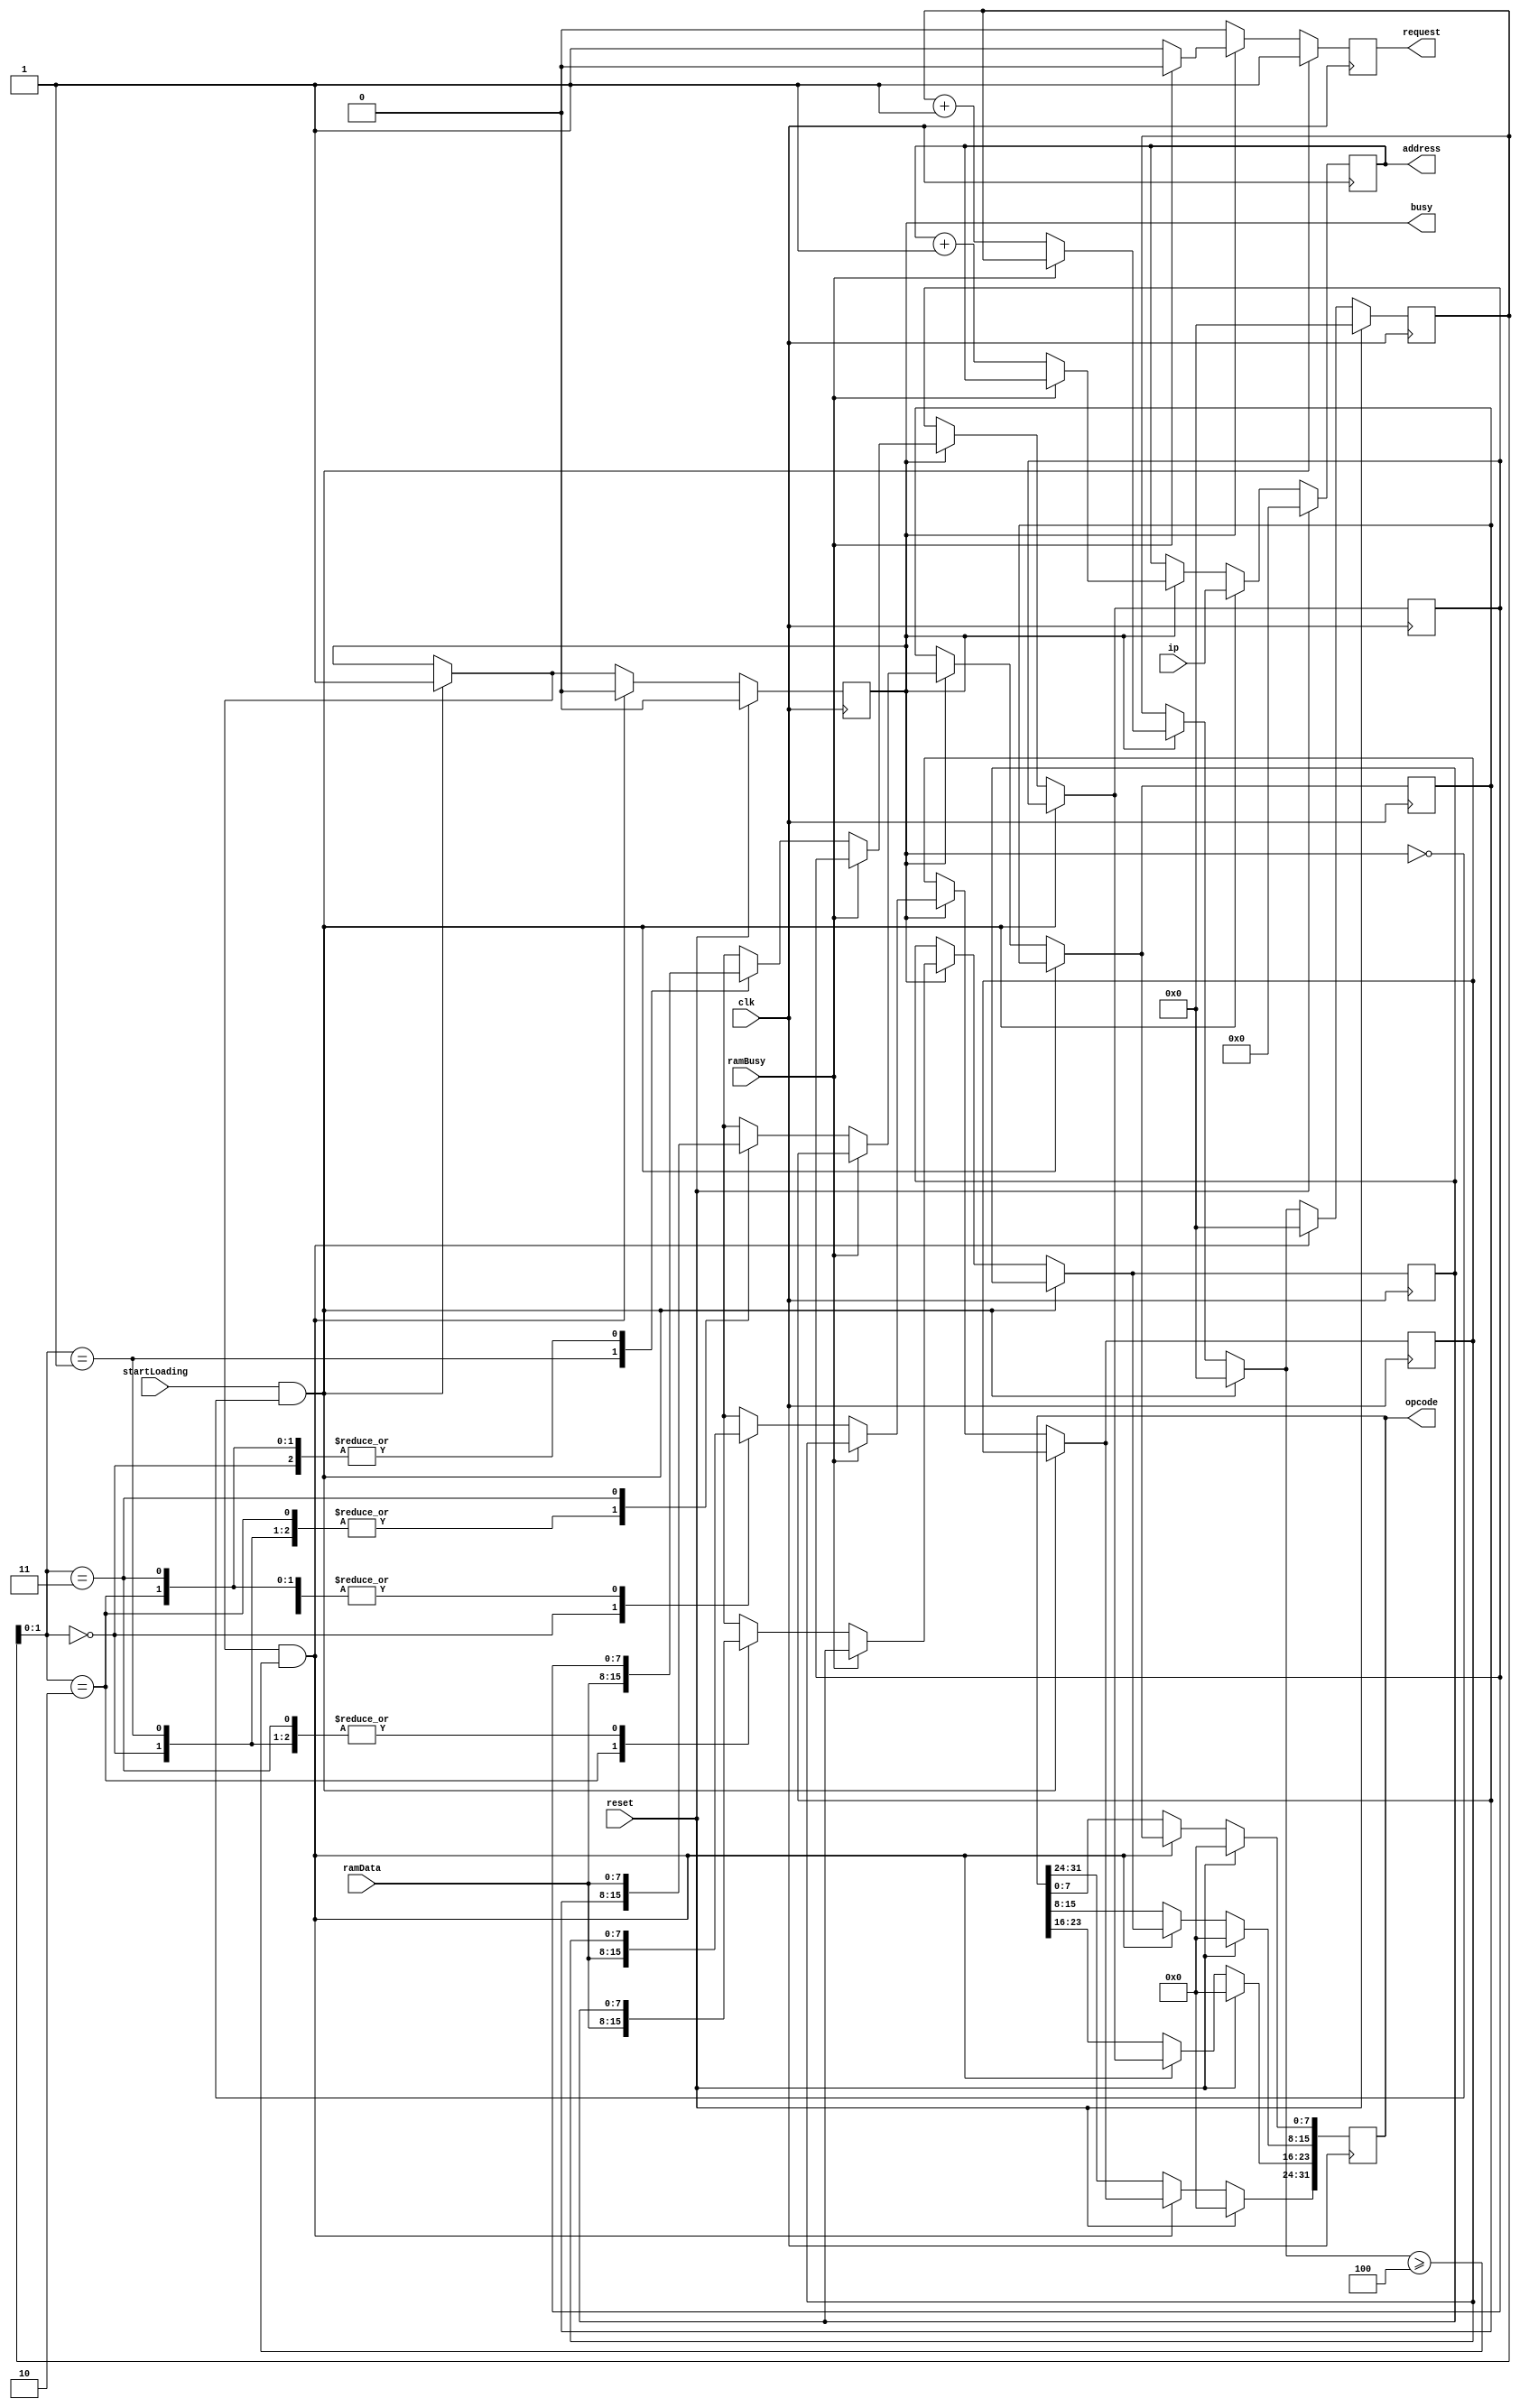
module OpcodeBuffer
		#(parameter ADDRESS_WIDTH = 32, parameter WORD_WIDTH = 32)
		(
			input wire clk,
			input wire reset,
			input wire [ADDRESS_WIDTH-1:0] ip,
			input wire startLoading,

			input wire [7:0] ramData,
			input wire ramBusy,

			output reg busy,
			output reg [WORD_WIDTH-1:0] opcode,
			
			output reg [ADDRESS_WIDTH-1:0] address,
			output reg request
		);

	reg [7:0] operation[0:3];

	reg [3:0] counter = 0;
	reg [3:0] status = 0;

	integer i;
	initial begin
		for(i = 0; i < 4; i = i + 1)
		$dumpvars(0,operation[i]);
	end

	always @(posedge clk)
	begin
		request = 0;

		if(startLoading & ~busy)
		begin
			request = 1;
			busy = 1;
			address = ip;
			counter = 0;
		end
		else if(busy)
		begin
			if(~ramBusy)
			begin
				operation[counter] = ramData;
				
				request = 1;
				counter = counter + 1;
				address = address + 1;
			end
		end

		if(busy && counter >= 4)
		begin
			counter = 0;
			busy = 0;
			opcode[31:24] <= operation[0];
			opcode[23:16] <= operation[1];
			opcode[15:8] <= operation[2];
			opcode[7:0] <= operation[3];

		end
	
		if(reset)
		begin
			counter = 0;
			status <= 0;
			opcode <= 0;
			address = 0;
			busy = 0;
		end
	end

endmodule